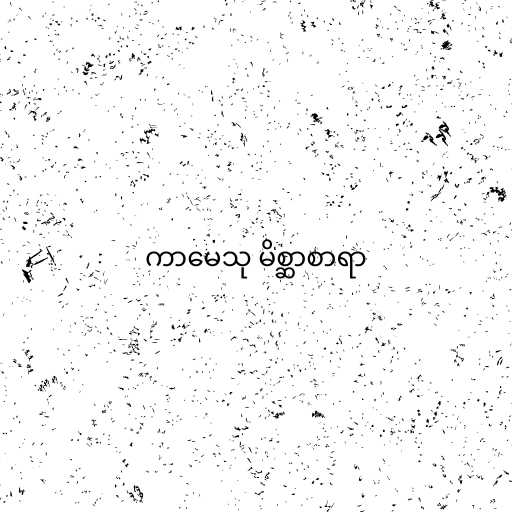
ကာမေသု မိစ္ဆာစာရာ